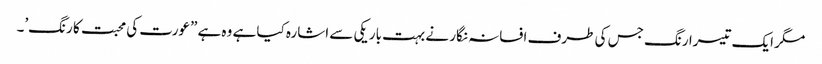
مگر ایک تیسرا رنگ جس کی طرف افسانہ نگار نے بہت باریکی سے اشارہ کیا ہے وہ ہے ”عورت کی محبت کا رنگ’۔